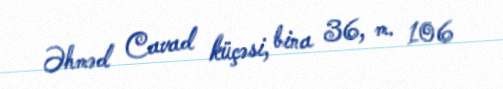
Əhməd Cavad küçəsi, bina 36, m. 106